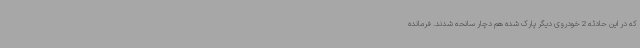
که در این حادثه 2 خودروی دیگر پارک شده هم دچار سانحه شدند. فرمانده